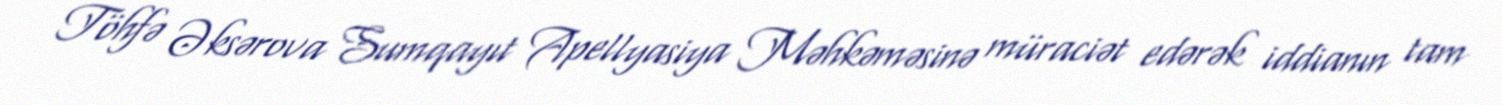
Töhfə Əksərova Sumqayıt Apellyasiya Məhkəməsinə müraciət edərək iddianın tam